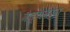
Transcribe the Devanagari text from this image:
वैद्यवर्ग